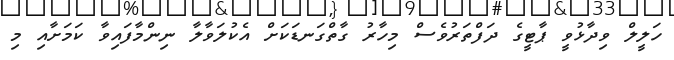
ހަލީލް ވިދާޅުވީ ޕާޓީގެ ދަފްތަރުވެސް މިހާރު ގާތްގަނޑަކަށް އެކުލަވާލާ ނިންމާފައިވާ ކަމަށާއި މި